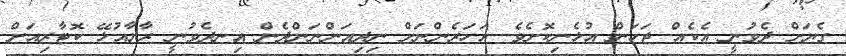
ގެޔަށް ދެވުނީ އެކެއް ޖަހަން އުޅެނިކޮށެވެ. އަހަރެންނަށް ނިދިއަންނަންދެން އިނދެވުނީ ރާޔާއުޅޭ ކޮޓާރިއަށް